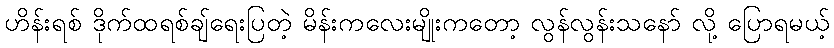
ဟိန်းရစ် ဒိုက်ထရစ်ချ်ရေးပြတဲ့ မိန်းကလေးမျိုးကတော့ လွန်လွန်းသနော် လို့ ပြောရမယ့်